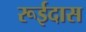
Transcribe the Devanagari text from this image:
रूईदास